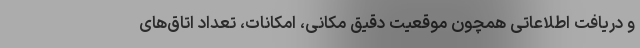
و دریافت اطلاعاتی همچون موقعیت دقیق مکانی، امکانات، تعداد اتاق‌های